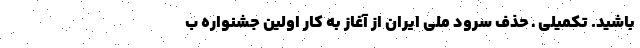
باشید. تکمیلی ـ حذف سرود ملی ایران از آغاز به کار اولین جشنواره ب